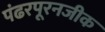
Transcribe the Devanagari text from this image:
पंढरपूरनजीक